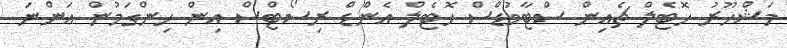
މަޝްހޫރު ހޮޓެލް ޗެއިން ސްޓާވުޑްސް ހޮޓެލް އެންޑް ރިސޯޓްސް އިން ހިންގަމުން އަންނަ